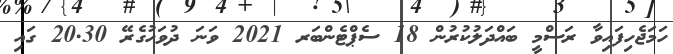
ހަމަޖެހިފައިވާ ރަސްމީ ބައްދަލުކުރުން 18 ސެޕްޓެންބަރ 2021 ވަނަ ދުވަހުގެރޭ 20.30 ގައި